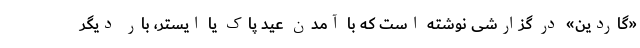
«گاردین» در گزارشی نوشته است که با آمدن عید پاک یا ایستر، بار دیگر